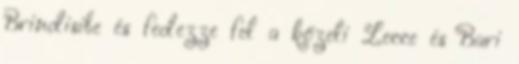
Brindisibe és fedezze fel a közeli Lecce és Bari